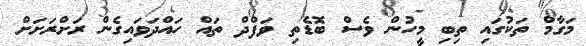
މަގާމް ތަކުގައި ތިބި މީހުން ވެސް ބޮޑެތި ވަފްދް ތައް ހައްދަވައިގެން ރަށްރަށަށް